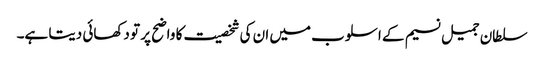
سلطان جمیل نسیم کے اسلوب میں ان کی شخصیت کا واضح پر تو دکھائی دیتا ہے۔